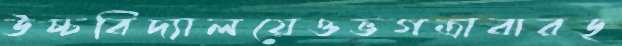
উচ্চবিদ্যালয়েওভগত্রাবারড্